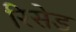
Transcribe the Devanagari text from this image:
रिसेड